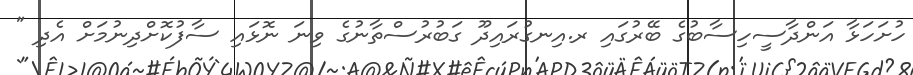
ހުށަހަޅާ އަންދާސީހިސާބުގެ ބޭރުގައި ރ.އިނގުރައިދޫ ގަބުރުސްތާނުގެ ވިނަ ނޮޅައި ސާފުކޮށްދިނުމަށް އެދި "